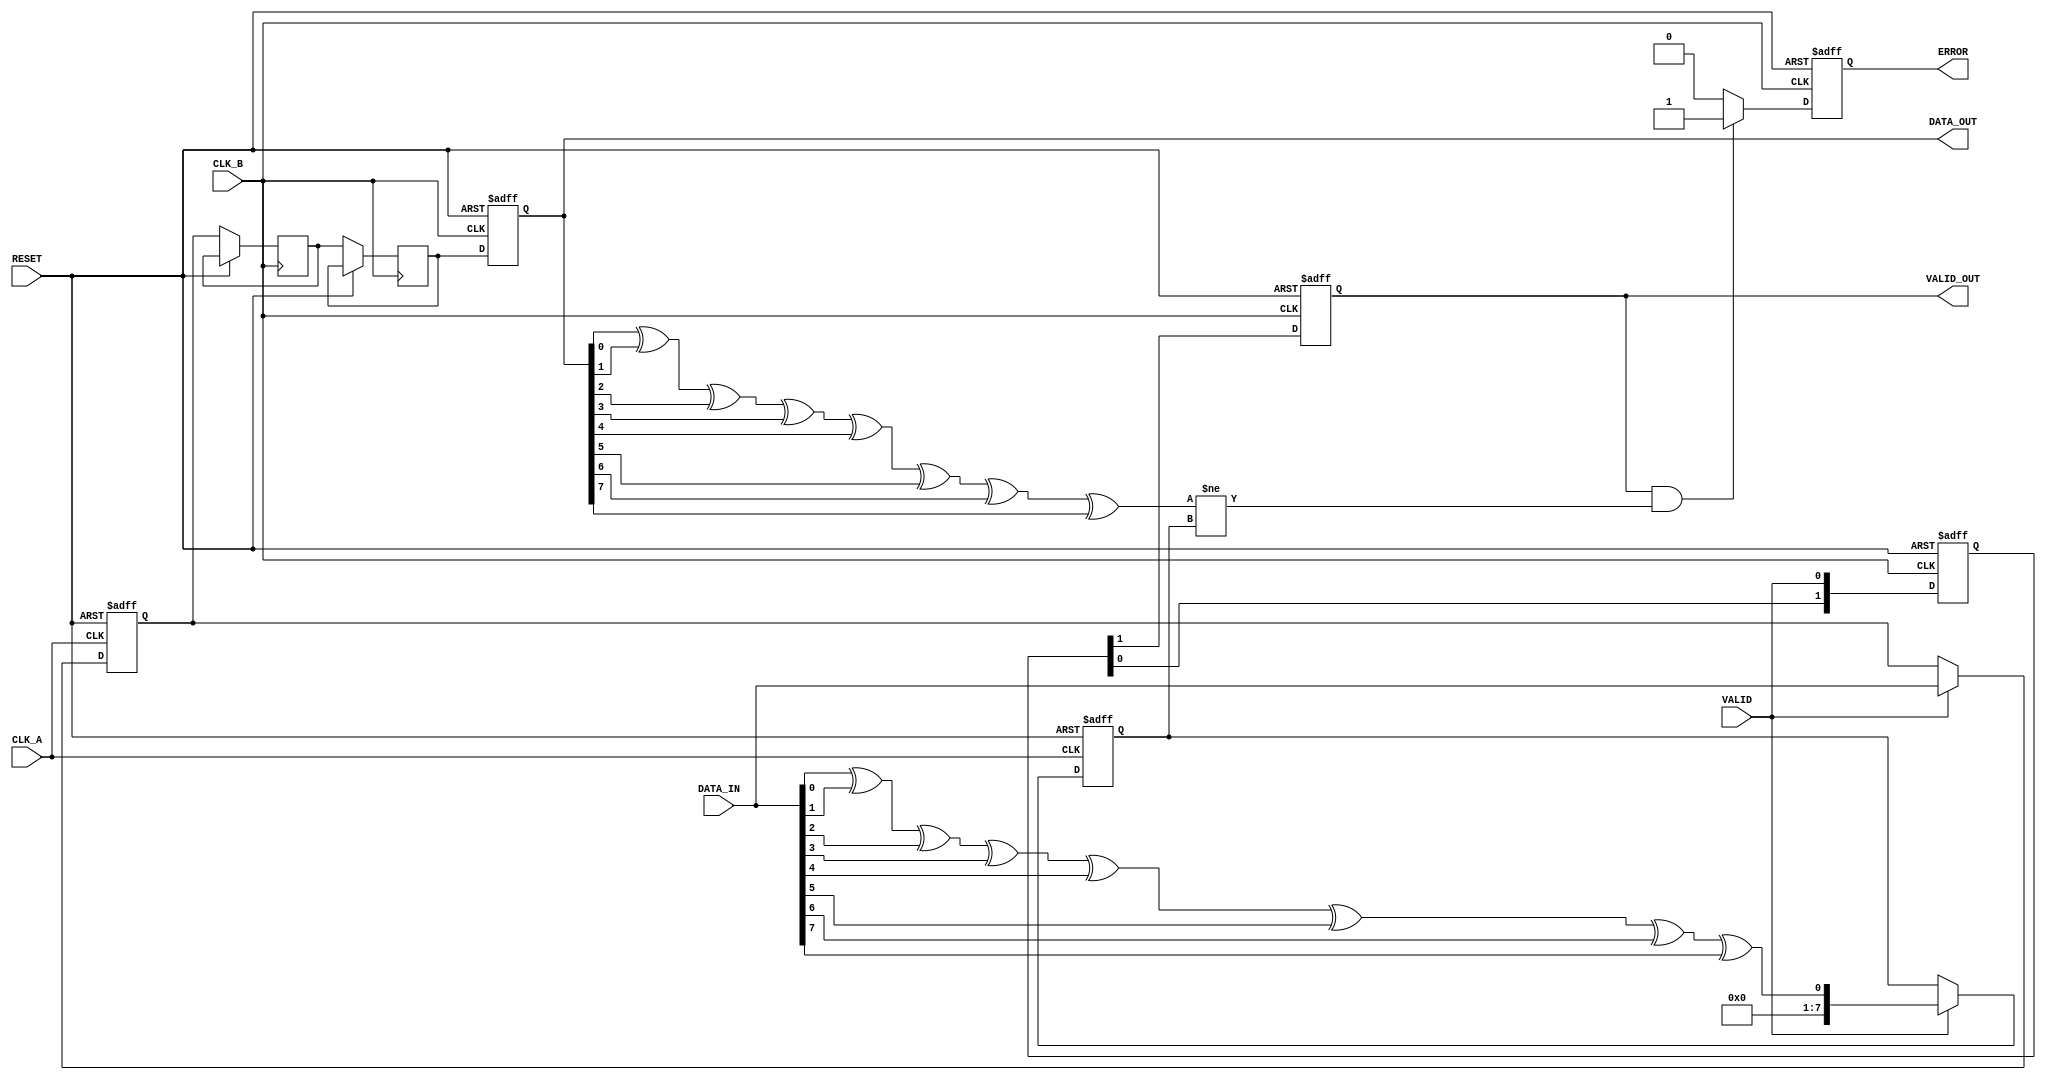
module cdc_with_error_detection (
    input wire CLK_A,
    input wire CLK_B,
    input wire RESET,
    input wire [7:0] DATA_IN,      // 8-bit data input
    input wire VALID,               // Valid signal from CLK_A domain
    output reg [7:0] DATA_OUT,      // Synchronized data output in CLK_B domain
    output reg VALID_OUT,           // Synchronized VALID signal
    output reg ERROR                // Error signal
);

    reg [7:0] data_buffer;          // Buffer for the data
    reg [7:0] parity_buffer;        // Buffer for parity bit
    reg [1:0] sync_valid;           // Dual flip-flop for valid signal
    reg [8:0] data_with_parity;     // Data + parity bit combo

    // Simple parity calculation function
    function [0:0] calc_parity(input [7:0] data);
        integer i;
        begin
            calc_parity = 0;
            for (i = 0; i < 8; i = i + 1) begin
                calc_parity = calc_parity ^ data[i];
            end
        end
    endfunction

    // CDC logic - transfer data from CLK_A to CLK_B
    always @(posedge CLK_A or posedge RESET) begin
        if (RESET) begin
            data_buffer <= 8'b0;
            parity_buffer <= 8'b0;
        end else if (VALID) begin
            // Capture the data and calculate parity
            data_buffer <= DATA_IN;
            parity_buffer <= calc_parity(DATA_IN);
        end
    end

    // Synchronize data and valid signal with Dual Flip-Flop
    reg [7:0] sync_data_1, sync_data_2;
    
    always @(posedge CLK_B or posedge RESET) begin
        if (RESET) begin
            DATA_OUT <= 8'b0;
            VALID_OUT <= 1'b0;
            ERROR <= 1'b0;
            sync_valid <= 2'b00;
        end else begin
            // Synchronize data
            sync_data_1 <= data_buffer;
            sync_data_2 <= sync_data_1;
            DATA_OUT <= sync_data_2;

            // Synchronize valid signal
            sync_valid[0] <= VALID;
            sync_valid[1] <= sync_valid[0];
            VALID_OUT <= sync_valid[1];

            // Check for parity error: if the parity matches the received data
            ERROR <= (VALID_OUT && (calc_parity(DATA_OUT) != parity_buffer)) ? 1'b1 : 1'b0;
        end
    end

endmodule